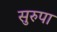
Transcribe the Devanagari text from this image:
सुरुपा